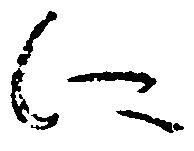
に